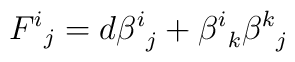
{F^i}_j = d {\beta^i}_j + {\beta ^i}_k {\beta ^k}_j